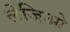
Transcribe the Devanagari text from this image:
लेजिओ